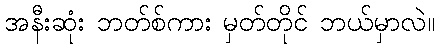
အနီးဆုံး ဘတ်စ်ကား မှတ်တိုင် ဘယ်မှာလဲ။